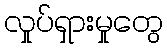
လှုပ်ရှားမှုတွေ